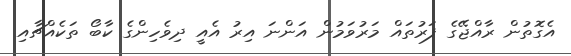
އެގޮތުން ރާއްޖޭގެ ފަރުތައް މަރުވަމުން އަންނަ އިރު އެއީ ދިވެހިންގެ ކާބޯ ތަކެއްޗާއި